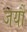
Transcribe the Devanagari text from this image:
जर्यौ